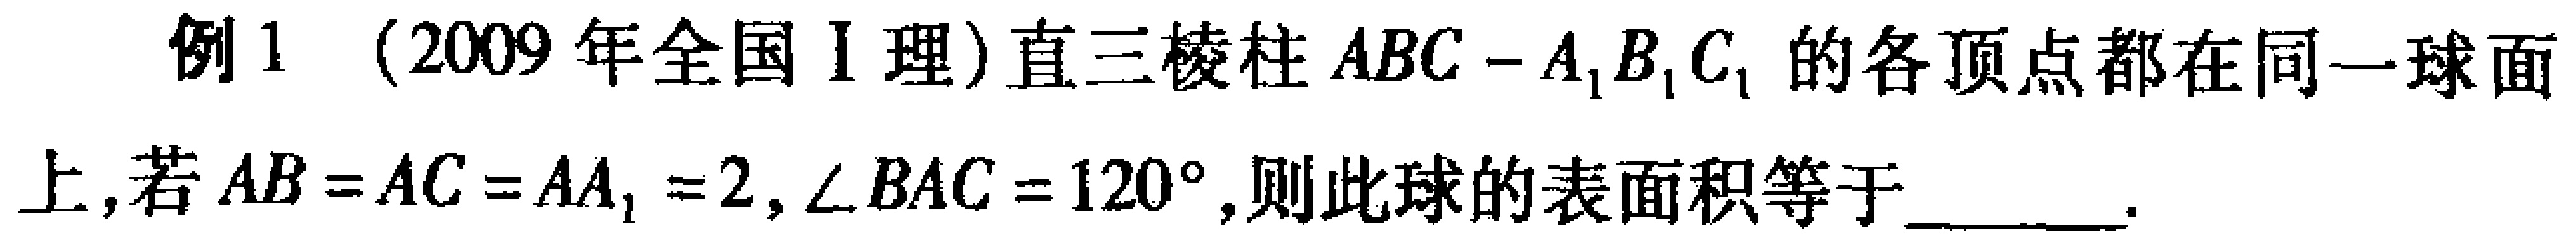
例1 （2009年全国I理）直三棱柱 \(ABC - A_{1}B_{1}C_{1}\) 的各顶点都在同一球面上，若 \(AB = AC = AA_{1}=2,\angle BAC = 120^{\circ}\)，则此球的表面积等于  。